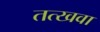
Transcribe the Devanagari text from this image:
तत्खवा